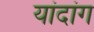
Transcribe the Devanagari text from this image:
यांदांग